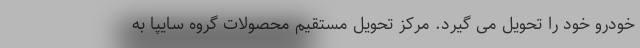
خودرو خود را تحویل می گیرد. مرکز تحویل مستقیم محصولات گروه سایپا به